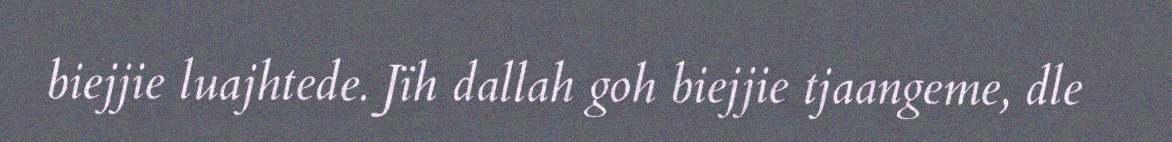
biejjie luajhtede. Jïh dallah goh biejjie tjaangeme, dle